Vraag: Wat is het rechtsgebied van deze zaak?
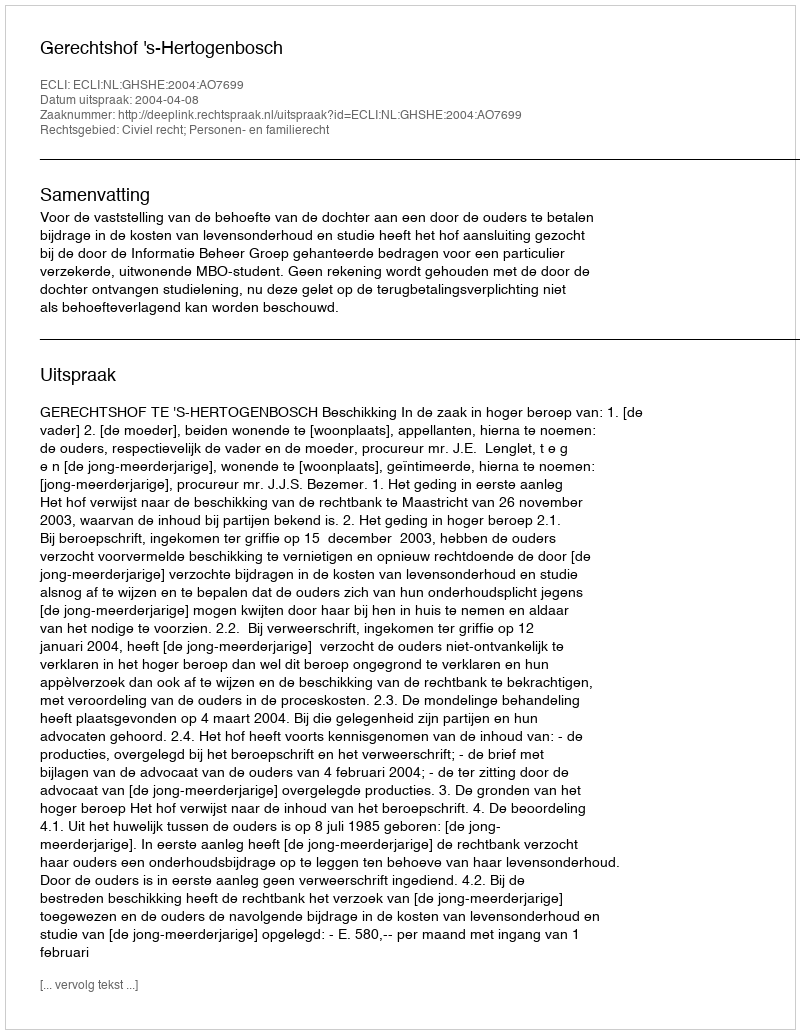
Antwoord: Civiel recht; Personen- en familierecht